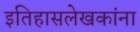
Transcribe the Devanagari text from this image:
इतिहासलेखकांना